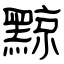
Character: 黥